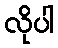
လိုပါ